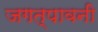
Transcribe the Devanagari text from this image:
जगत्पावनी